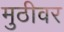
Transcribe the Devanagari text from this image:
मुठीवर